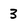
Character: 3